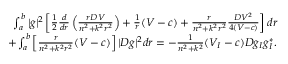
\begin{array} { r } { \int _ { a } ^ { b } | g | ^ { 2 } \left[ \frac { 1 } { 2 } \frac { d } { d r } \left( \frac { r D V } { n ^ { 2 } + k ^ { 2 } r ^ { 2 } } \right) + \frac { 1 } { r } ( V - c ) + \frac { r } { n ^ { 2 } + k ^ { 2 } r ^ { 2 } } \frac { D V ^ { 2 } } { 4 ( V - c ) } \right] d r } \\ { + \int _ { a } ^ { b } \left[ \frac { r } { n ^ { 2 } + k ^ { 2 } r ^ { 2 } } ( V - c ) \right] | D g | ^ { 2 } d r = - \frac { 1 } { n ^ { 2 } + k ^ { 2 } } ( V _ { I } - c ) D g _ { I } g _ { I } ^ { * } . } \end{array}